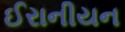
ઈરાનીયન